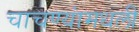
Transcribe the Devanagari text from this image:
चाचण्यांमधली